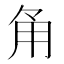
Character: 𮗠